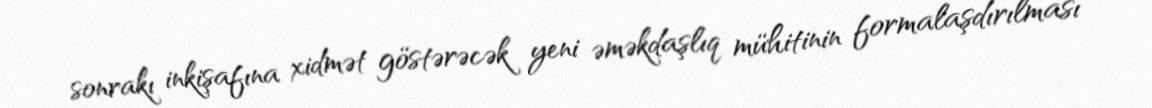
sonrakı inkişafına xidmət göstərəcək yeni əməkdaşlıq mühitinin formalaşdırılması